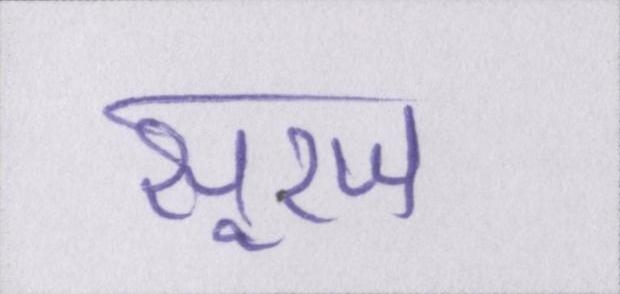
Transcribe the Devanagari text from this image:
सूरज